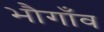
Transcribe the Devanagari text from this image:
भौगाँव